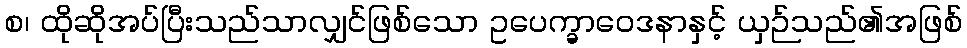
စ၊ ထိုဆိုအပ်ပြီးသည်သာလျှင်ဖြစ်သော ဥပေက္ခာဝေဒနာနှင့် ယှဉ်သည်၏အဖြစ်